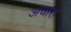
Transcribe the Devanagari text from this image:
अचारा